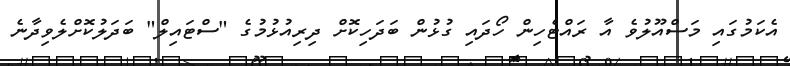
އެކަމުގައި މަސްއޫލުވެ އާ ރައްޓެހިން ހޯދައި ގުޅުން ބަދަހިކޮށް ދިރިއުޅުމުގެ "ސްޓައިލް" ބަދަލުކޮށްލެވިދާނެ